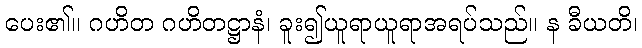
ပေး၏။ ဂဟိတ ဂဟိတဋ္ဌာနံ၊ ခူး၍ယူရာယူရာအရပ်သည်။ န ခီယတိ၊